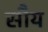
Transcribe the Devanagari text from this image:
सौय